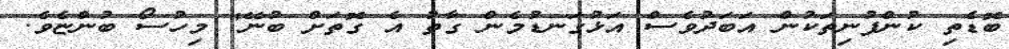
ބޮޑެތި ކުންފުނިތަކުން އަބަދުވެސް އަޅުގަނޑުމެން ގާތު އެ ގޮތަށް ބުނޭ" މިހުސޯ ބުންޏެވެ.